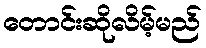
တောင်းဆိုလိမ့်မည်